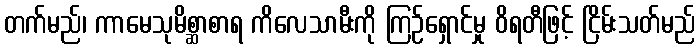
တက်မည်၊ ကာမေသုမိစ္ဆာစာရ ကိလေသာမီးကို ကြဉ်ရှောင်မှု ဝိရတီဖြင့် ငြိမ်းသတ်မည်